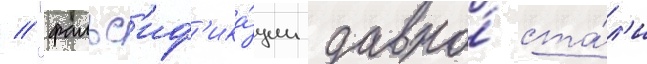
// "фальс'иф'ика́ции давно́ ста́л'и